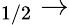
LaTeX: _{1/2}\rightarrow